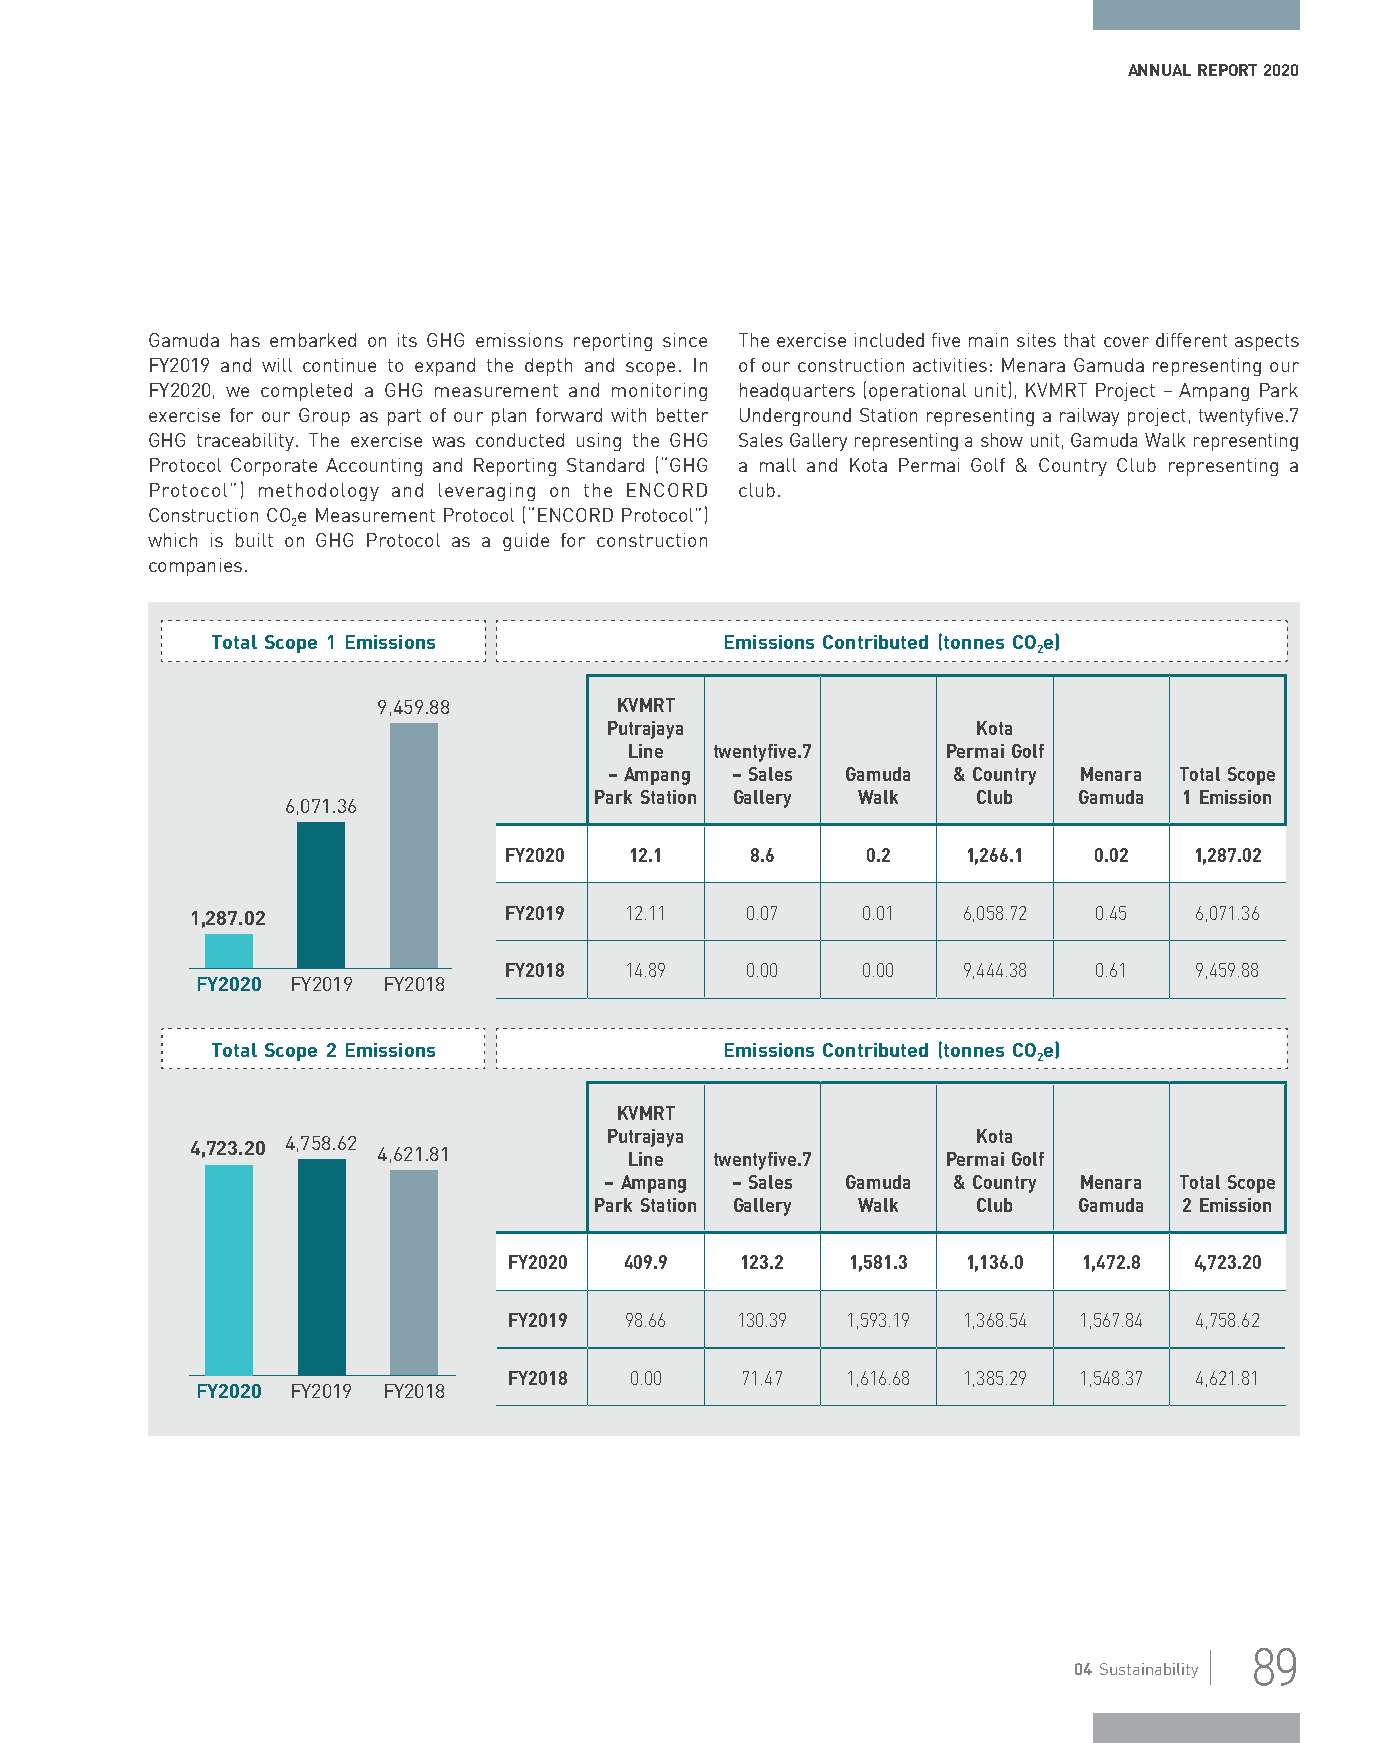
ANNUAL REPORT 2020
 Gamuda has embarked on its GHG emissions reporting since The exercise included five main sites that cover different aspects
 FY2019 and will continue to expand the depth and scope. In of our construction activities: Menara Gamuda representing our
 FY2020, we completed a GHG measurement and monitoring headquarters (operational unit), KVMRT Project – Ampang Park
 exercise for our Group as part of our plan forward with better Underground Station representing a railway project, twentyfive.7
 GHG traceability. The exercise was conducted using the GHG Sales Gallery representing a show unit, Gamuda Walk representing
 Protocol Corporate Accounting and Reporting Standard (“GHG a mall and Kota Permai Golf & Country Club representing a
 Protocol”) methodology and leveraging on the ENCORD club.
 Construction COe Measurement Protocol (“ENCORD Protocol”)
 2
 which is built on GHG Protocol as a guide for construction
 companies.
 Total Scope 1 Emissions           Emissions Contributed (tonnes CO e)
 2
 9,459.88        KVMRT
 Putrajaya                Kota
 Line twentyfive.7    Permai Golf
 – Ampang – Sales Gamuda & Country Menara Total Scope
 Park Station Gallery Walk Club  Gamuda 1 Emission
 6,071.36
 FY2020   12.1    8.6    0.2    1,266.1 0.02   1,287.02
 1,287.02            FY2019  12.11   0.07    0.01   6,058.72 0.45  6,071.36
 FY2018  14.89   0.00    0.00   9,444.38 0.61  9,459.88
 FY2020 FY2019 FY2018
 Total Scope 2 Emissions           Emissions Contributed (tonnes CO e)
 2
 KVMRT
 Putrajaya                Kota
 4,723.20 4,758.62 4,621.81   Line twentyfive.7    Permai Golf
 – Ampang – Sales Gamuda & Country Menara Total Scope
 Park Station Gallery Walk Club  Gamuda 2 Emission
 FY2020 409.9   123.2  1,581.3 1,136.0 1,472.8 4,723.20
 FY2019 98.66   130.39 1,593.19 1,368.54 1,567.84 4,758.62
 FY2018  0.00   71.47  1,616.68 1,385.29 1,548.37 4,621.81
 FY2020 FY2019 FY2018
 89
 04 Sustainability